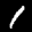
Label: 1